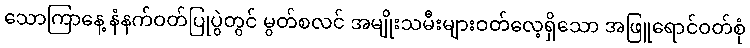
သောကြာနေ့ နံနက်ဝတ်ပြုပွဲတွင် မွတ်စလင် အမျိုးသမီးများဝတ်လေ့ရှိသော အဖြူရောင်ဝတ်စုံ